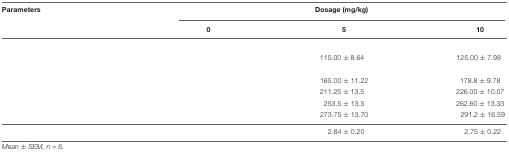
<table><thead><tr><td><b>Parameters</b></td><td colspan="3"><b>Dosage (mg/kg)</b></td></tr><tr><td>[EMPTY_CELL]</td><td><b>0</b></td><td><b>5</b></td><td><b>10</b></td></tr></thead><tbody><tr><td>[EMPTY_CELL]</td><td>[EMPTY_CELL]</td><td>[EMPTY_CELL]</td><td>[EMPTY_CELL]</td></tr><tr><td>[EMPTY_CELL]</td><td>[EMPTY_CELL]</td><td>115.00 ± 8.64</td><td>125.00 ± 7.98</td></tr><tr><td>[EMPTY_CELL]</td><td>[EMPTY_CELL]</td><td>[EMPTY_CELL]</td><td>[EMPTY_CELL]</td></tr><tr><td>[EMPTY_CELL]</td><td>[EMPTY_CELL]</td><td>165.00 ± 11.22</td><td>178.8 ± 9.78</td></tr><tr><td>[EMPTY_CELL]</td><td>[EMPTY_CELL]</td><td>211.25 ± 13.5</td><td>226.00 ± 10.07</td></tr><tr><td>[EMPTY_CELL]</td><td>[EMPTY_CELL]</td><td>253.5 ± 13.5</td><td>262.60 ± 13.33</td></tr><tr><td>[EMPTY_CELL]</td><td>[EMPTY_CELL]</td><td>273.75 ± 13.70</td><td>291.2 ± 16.59</td></tr><tr><td>[EMPTY_CELL]</td><td>[EMPTY_CELL]</td><td>2.84 ± 0.20</td><td>2.75 ± 0.22</td></tr></tbody></table>